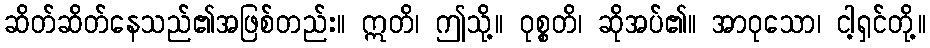
ဆိတ်ဆိတ်နေသည်၏အဖြစ်တည်း။ ဣတိ၊ ဤသို့။ ဝုစ္စတိ၊ ဆိုအပ်၏။ အာဝုသော၊ ငါ့ရှင်တို့။